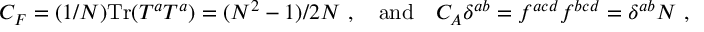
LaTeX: C _ { F } = ( 1 / N ) \mathrm { T r } ( T ^ { a } T ^ { a } ) = ( N ^ { 2 } - 1 ) / 2 N \ , \quad \mathrm { a n d } \quad C _ { A } \delta ^ { a b } = f ^ { a c d } f ^ { b c d } = \delta ^ { a b } N \ ,